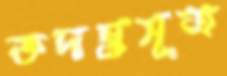
তদন্তসূত্র